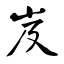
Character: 岌